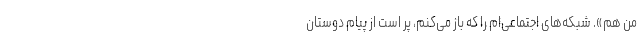
من هم». شبکه‌های اجتماعی‌ام را که باز می‌کنم، پر است از پیام دوستان